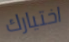
اختيارك